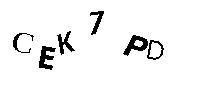
CEK7PD